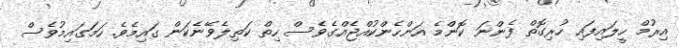
އިރުމް ހީލައިފައި ހުރިގޮތް ފެންނަ ކޮންމެ އަންހެންކުއްޖެއްގެވެސް ހިތް ކަތިލެވޭނެކަން ގައިމެވެ. ހަމަގައިމުވެސް